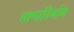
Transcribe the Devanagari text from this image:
भाग्यनिर्माण